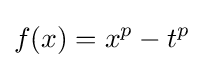
f(x)=x^{p}-t^{p}